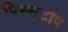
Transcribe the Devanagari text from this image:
पिस्सुटॉप